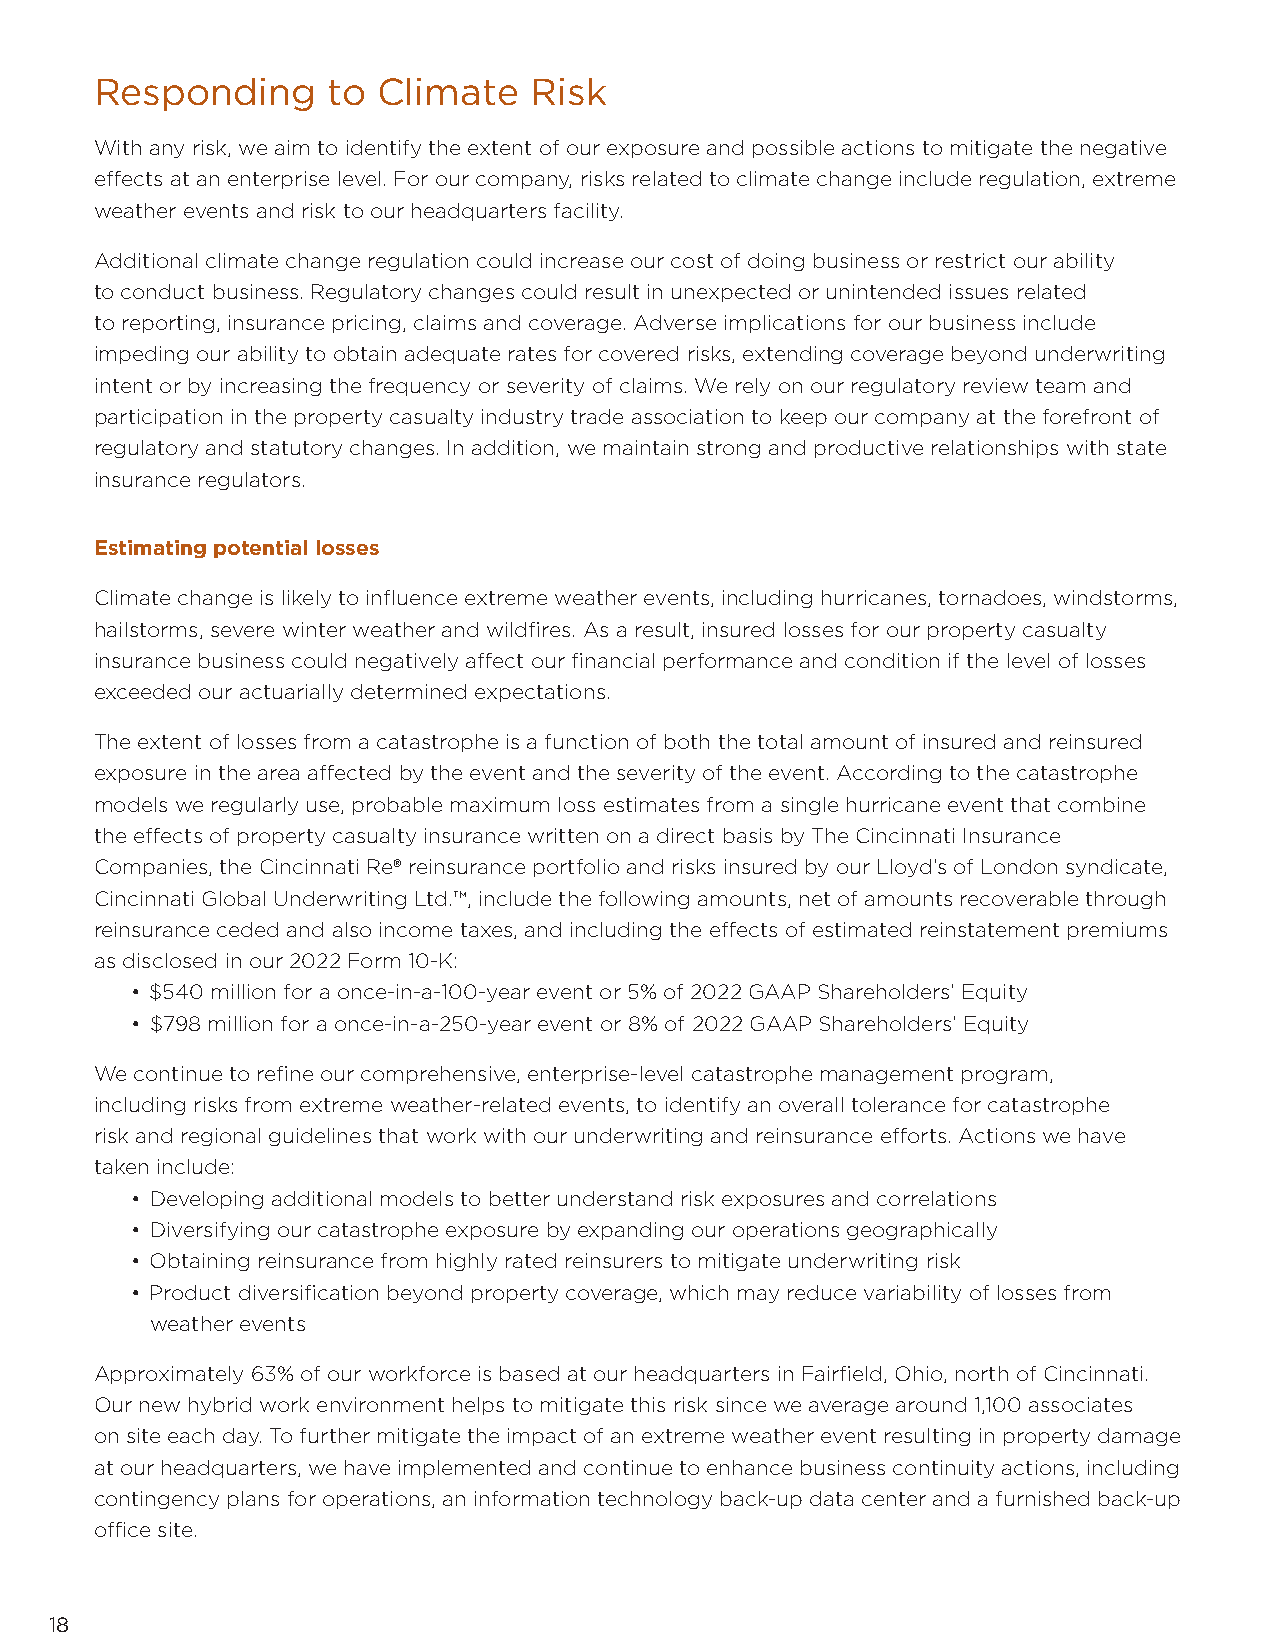
Responding      to Climate   Risk
 With any risk, we aim to identify the extent of our exposure and possible actions to mitigate the negative
 effects at an enterprise level. For our company, risks related to climate change include regulation, extreme
 weather events and risk to our headquarters facility.
 Additional climate change regulation could increase our cost of doing business or restrict our ability
 to conduct business. Regulatory changes could result in unexpected or unintended issues related
 to reporting, insurance pricing, claims and coverage. Adverse implications for our business include
 impeding our ability to obtain adequate rates for covered risks, extending coverage beyond underwriting
 intent or by increasing the frequency or severity of claims. We rely on our regulatory review team and
 participation in the property casualty industry trade association to keep our company at the forefront of
 regulatory and statutory changes. In addition, we maintain strong and productive relationships with state
 insurance regulators.
 Estimating potential losses
 Climate change is likely to influence extreme weather events, including hurricanes, tornadoes, windstorms,
 hailstorms, severe winter weather and wildfires. As a result, insured losses for our property casualty
 insurance business could negatively affect our financial performance and condition if the level of losses
 exceeded our actuarially determined expectations.
 The extent of losses from a catastrophe is a function of both the total amount of insured and reinsured
 exposure in the area affected by the event and the severity of the event. According to the catastrophe
 models we regularly use, probable maximum loss estimates from a single hurricane event that combine
 the effects of property casualty insurance written on a direct basis by The Cincinnati Insurance
 Companies, the Cincinnati Re® reinsurance portfolio and risks insured by our Lloyd’s of London syndicate,
 Cincinnati Global Underwriting Ltd.™, include the following amounts, net of amounts recoverable through
 reinsurance ceded and also income taxes, and including the effects of estimated reinstatement premiums
 as disclosed in our 2022 Form 10-K:
 • $540 million for a once-in-a-100-year event or 5% of 2022 GAAP Shareholders’ Equity
 • $798 million for a once-in-a-250-year event or 8% of 2022 GAAP Shareholders’ Equity
 We continue to refine our comprehensive, enterprise-level catastrophe management program,
 including risks from extreme weather-related events, to identify an overall tolerance for catastrophe
 risk and regional guidelines that work with our underwriting and reinsurance efforts. Actions we have
 taken include:
 • Developing additional models to better understand risk exposures and correlations
 • Diversifying our catastrophe exposure by expanding our operations geographically
 • Obtaining reinsurance from highly rated reinsurers to mitigate underwriting risk
 • Product diversification beyond property coverage, which may reduce variability of losses from
 weather events
 Approximately 63% of our workforce is based at our headquarters in Fairfield, Ohio, north of Cincinnati.
 Our new hybrid work environment helps to mitigate this risk since we average around 1,100 associates
 on site each day. To further mitigate the impact of an extreme weather event resulting in property damage
 at our headquarters, we have implemented and continue to enhance business continuity actions, including
 contingency plans for operations, an information technology back-up data center and a furnished back-up
 office site.
 18